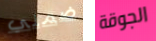
ضمني الجوقة